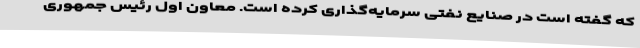
که گفته است در صنایع نفتی سرمایه‌گذاری کرده است. معاون اول رئیس جمهوری